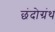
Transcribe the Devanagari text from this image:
छंदोग्रंथ